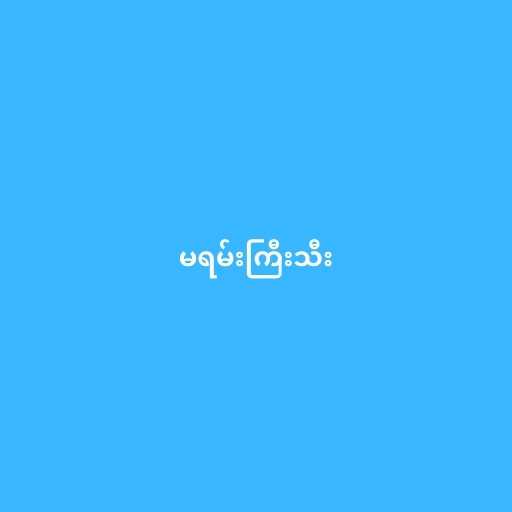
မရမ်းကြီးသီး